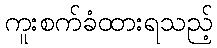
ကူးစက်ခံထားရသည့်